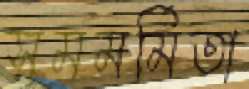
সমমর্মিতা